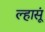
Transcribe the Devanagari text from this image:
ल्हासूं